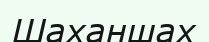
Шаханшах